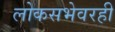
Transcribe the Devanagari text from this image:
लोकसभेवरही